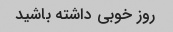
روز خوبی داشته باشید